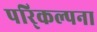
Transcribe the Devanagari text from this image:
परि्कल्पना